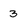
Character: 3